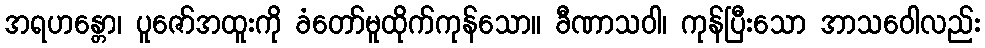
အရဟန္တော၊ ပူဇော်အထူးကို ခံတော်မူထိုက်ကုန်သော။ ခီဏာသဝါ၊ ကုန်ပြီးသော အာသဝေါလည်း